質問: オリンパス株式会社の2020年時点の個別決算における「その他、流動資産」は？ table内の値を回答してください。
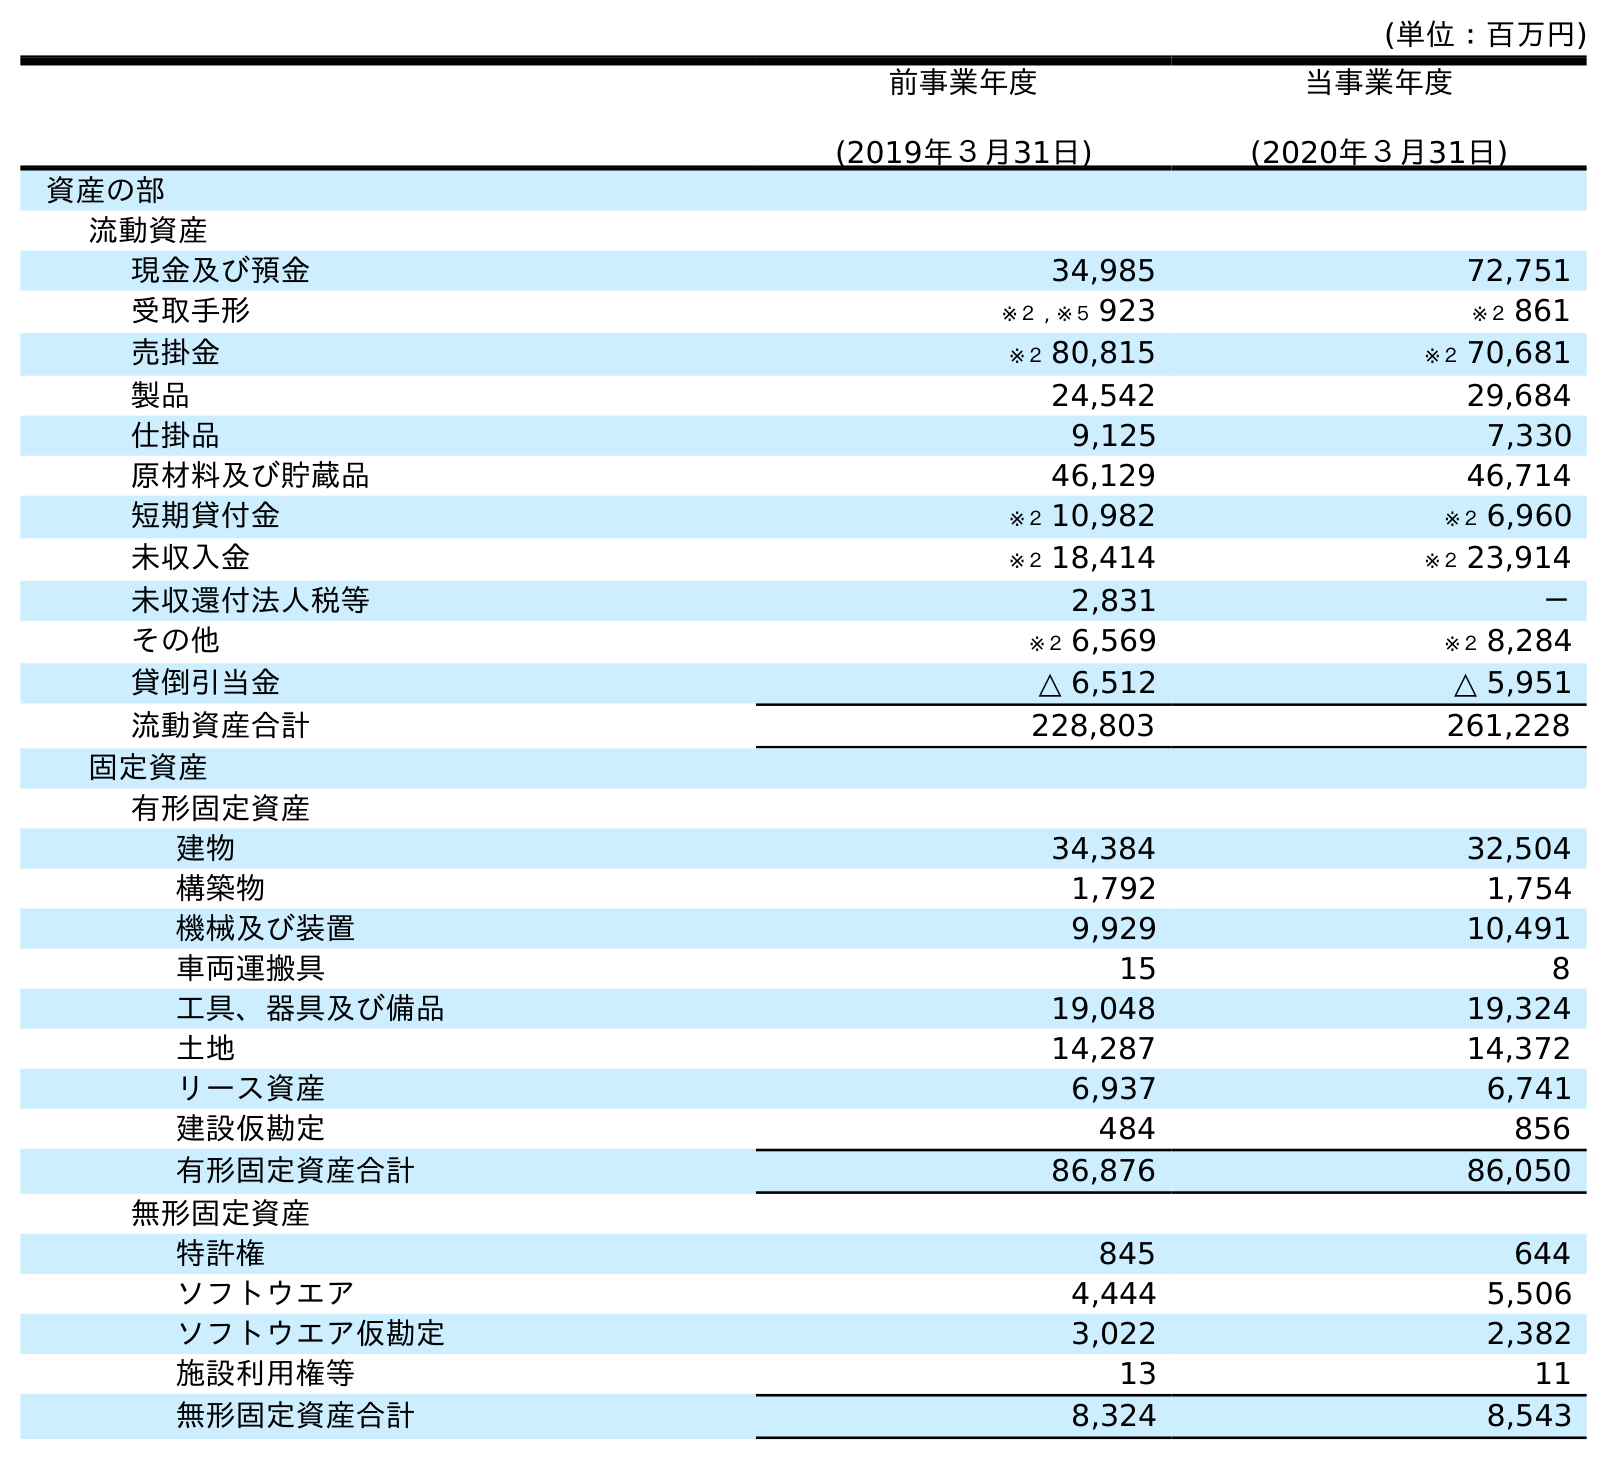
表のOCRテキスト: (単位：百万円) 前事業年度 (2019年３月31日) 当事業年度 (2020年３月31日) 資産の部 流動資産 現金及び預金 34,985 72,751 受取手形 ※２ , ※５ 923 ※２ 861 売掛金 ※２ 80,815 ※２ 70,681 製品 24,542 29,684 仕掛品 9,125 7,330 原材料及び貯蔵品 46,129 46,714 短期貸付金 ※２ 10,982 ※２ 6,960 未収入金 ※２ 18,414 ※２ 23,914 未収還付法人税等 2,831 － その他 ※２ 6,569 ※２ 8,284 貸倒引当金 △ 6,512 △ 5,951 流動資産合計 228,803 261,228 固定資産 有形固定資産 建物 34,384 32,504 構築物 1,792 1,754 機械及び装置 9,929 10,491 車両運搬具 15 8 工具、器具及び備品 19,048 19,324 土地 14,287 14,372 リース資産 6,937 6,741 建設仮勘定 484 856 有形固定資産合計 86,876 86,050 無形固定資産 特許権 845 644 ソフトウエア 4,444 5,506 ソフトウエア仮勘定 3,022 2,382 施設利用権等 13 11 無形固定資産合計 8,324 8,543
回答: ※２8,284